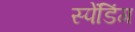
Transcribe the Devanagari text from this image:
स्पेंडिंग